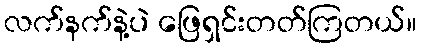
လက်နက်နဲ့ပဲ ဖြေရှင်းတတ်ကြတယ်။